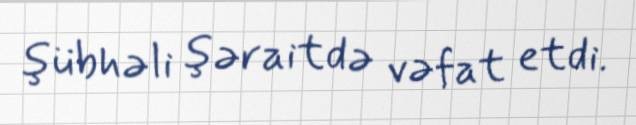
şübhəli şəraitdə vəfat etdi.